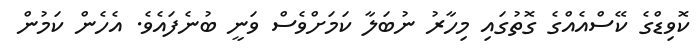
ކޮވިޑްގެ ކޭސްއެއްގެ ގޮތުގައި މިހާރު ނުބަލާ ކަމަށްވެސް ވަނީ ބުނެފައެވެ. އެހެން ކަމުން